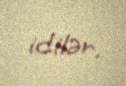
idilər.